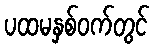
ပထမနှစ်ဝက်တွင်